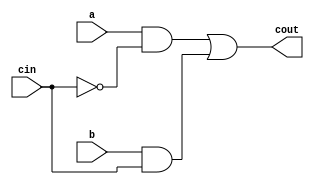
// cin = 0 -> a
// cin = 1 -> b
module my_mux(a, b, cin, cout);
	input a, b, cin;
	output cout;
	
	wire not_cin, or_w[1:0];
	and my_and(or_w[0], b, cin);
	not my_not(not_cin, cin);
	and my_and2(or_w[1], a, not_cin);
	or my_or(cout, or_w[1], or_w[0]);
endmodule